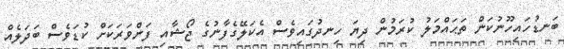
ބަނޑުހައިހޫނުކަން ތަޙައްމަލު ކުރަމުން ދިޔަ ހިނދުގައިވެސް އެކަލޭގެފާނުގެ ޖޯޝާއި ފަންވަރަކަށް ކުޑަވެސް ބަދަލެއް